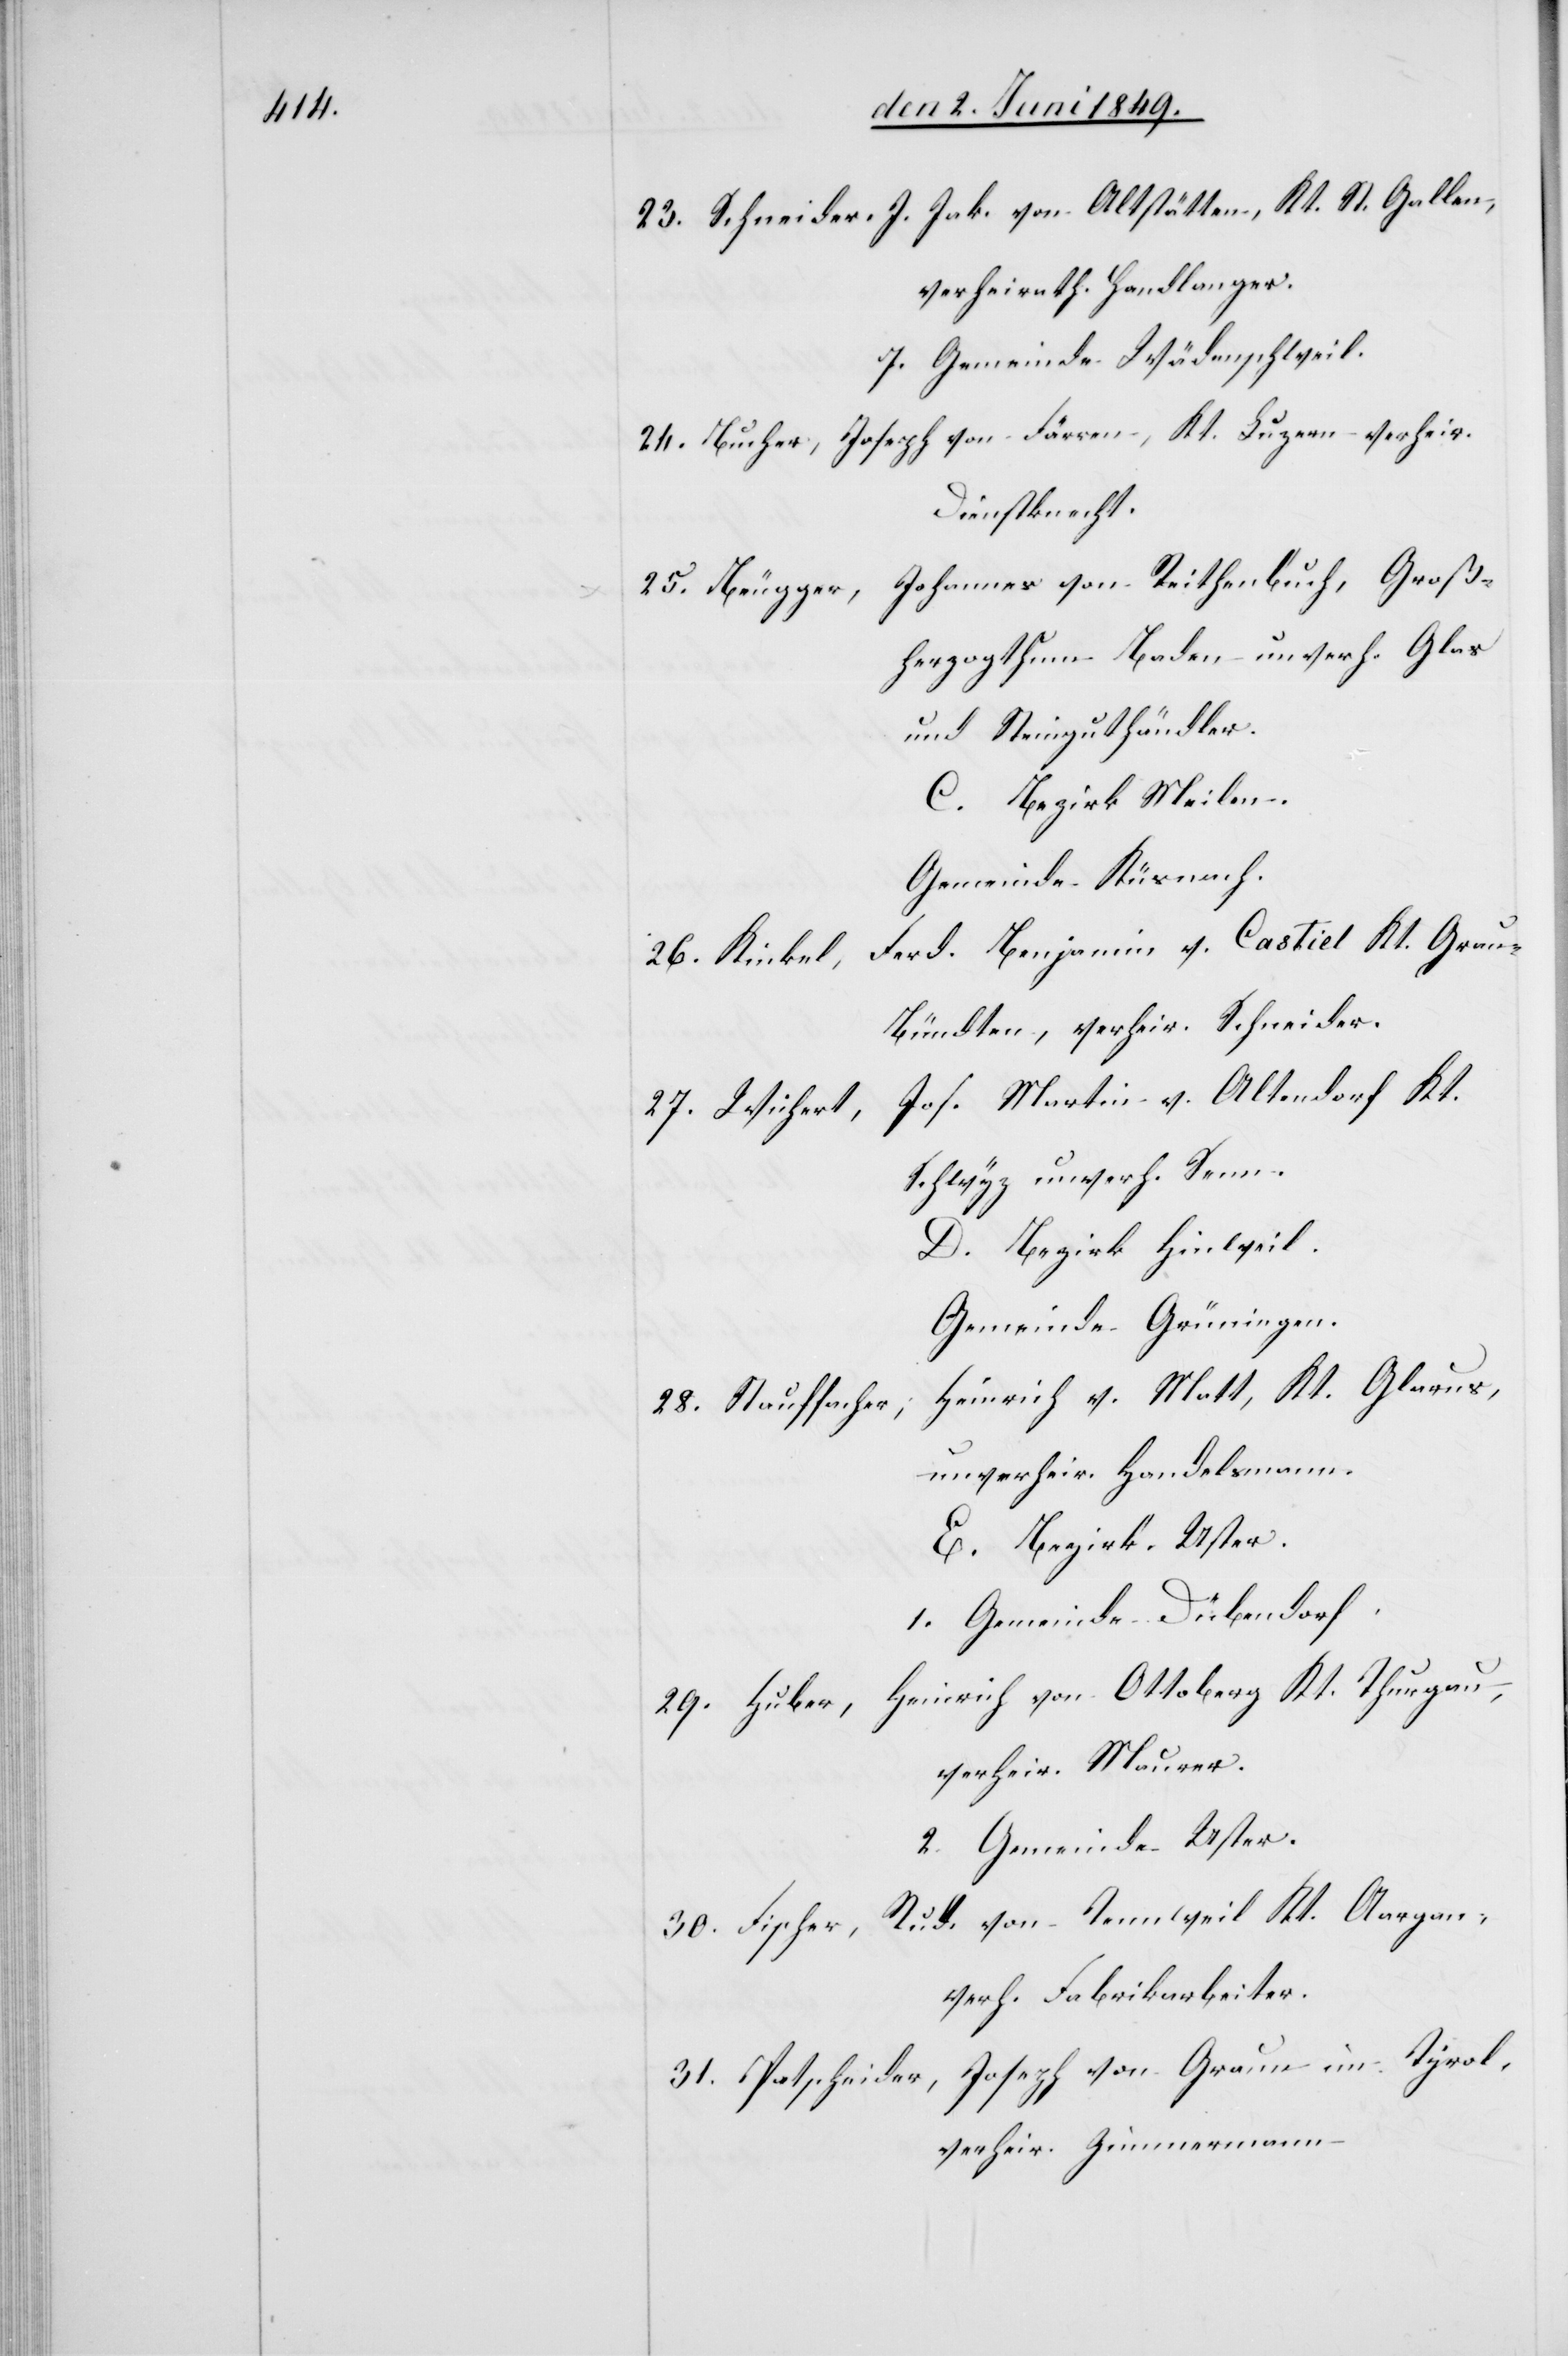
23. Schneider, J. Jak. von Altstätten, Kt. St. Gallen,
verheirath. Handlanger.
7. Gemeinde Wädenschweil.
24. Bucher, Joseph von Färren, Kt. Luzern verheir.
Dienstknecht.
Johannes von Reithenbuch, Groß¬
25. Beugger,
herzogthum Baden unverh. Glas[-]
und Steinguthändler.
C. Bezirk Meilen.
Gemeinde Küsnach[t].
Ferd. Benjamin v. Castiel Kt. Grau¬
26. Kinkel,
bündten, verheir. Schneider.
Jos. Martin v. Altendorf Kt.
27. Wichert,
Schwyz unverh. Senn.
D. Bezirk Hinweil.
Gemeinde Grüningen.
Heinrich v. Matt, Kt. Glarus,
28. Stauffacher,
unverheir. Handelsmann.
E. Bezirk. Uster.
1. Gemeinde Dübendorf
29. Huber, Heinrich von Ottoberg Kt. Thurgau,
verheir. Maurer.
2. Gemeinde Uster.
Rud. von Tennweil Kt. Aargau,
30. Fischer,
verh. Fabrikarbeiter.
31. Patscheider, Joseph von Graun im Tyrol,
verheir. Zimmermann